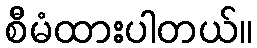
စီမံထားပါတယ်။